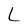
Character: L